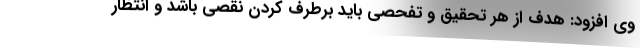
وی افزود:‌ هدف از هر تحقیق و تفحصی باید برطرف کردن نقصی باشد و انتظار